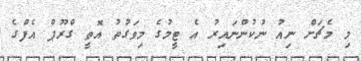
މި މެޗަށް ނިއު ނުކުންނައިރު އެ ޓީމުގެ މިވަގުތު އޮތީ ގްރޫޕް އެފްގެ